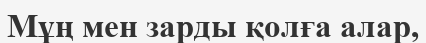
Мұң мен зарды қолға алар,